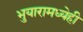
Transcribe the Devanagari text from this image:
भुयारामध्येही